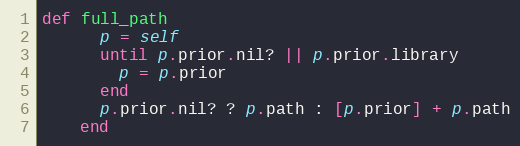
Language: Ruby
def full_path
      p = self
      until p.prior.nil? || p.prior.library
        p = p.prior
      end
      p.prior.nil? ? p.path : [p.prior] + p.path
    end